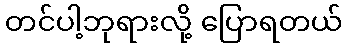
တင်ပါ့ဘုရားလို့ ပြောရတယ်